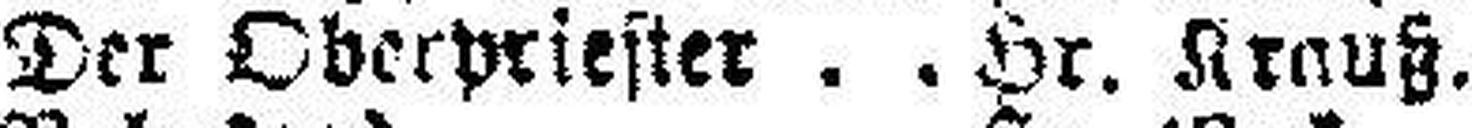
Der Oberpriester Hr. Krauß.